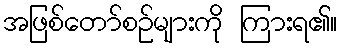
အဖြစ်တော်စဉ်များကို ကြားရ၏။